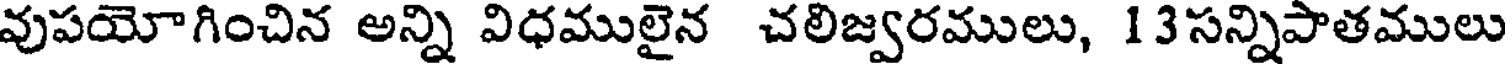
వుపయోగించిన అన్ని విధములైన చలిజ్వరములు, 13సన్నిపాతములు